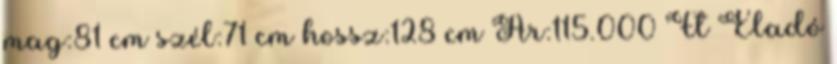
mag:81 cm szél:71 cm hossz:128 cm Ár:115.000 Ft Eladó